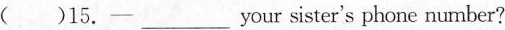
( )15.— ___your sister's phone number?